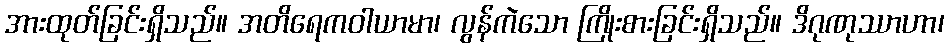
အားထုတ်ခြင်းရှိသည်။ အတိရေကဝါယာမာ၊ လွန်ကဲသော ကြိုးစားခြင်းရှိသည်။ ဒိဂုဏုဿာဟာ၊